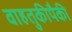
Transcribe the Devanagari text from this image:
वाहतुकीपैकी